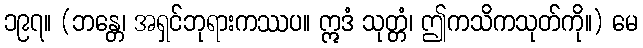
၁၉၇။ (ဘန္တေ၊ အရှင်ဘုရားကဿပ။ ဣဒံ သုတ္တံ၊ ဤကသိကသုတ်ကို။) မေ